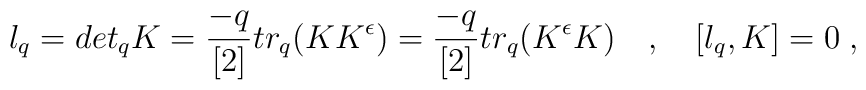
l_{q}= det_{q} K = \frac{-q}{[2]} tr_{q} (K K^{\epsilon})= \frac{-q}{[2]}tr_{q} (K^{\epsilon} K) \quad ,\quad [l_q,K]=0\;,